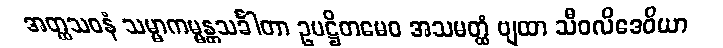
အတ္ထသဝနံ သမ္မာကမ္မန္တသင်္ခါတာ ဥပဋ္ဌိတမေဝ အသမတ္ထံ ဗျထာ သီဝလိဒေဝိယာ